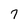
Character: 7